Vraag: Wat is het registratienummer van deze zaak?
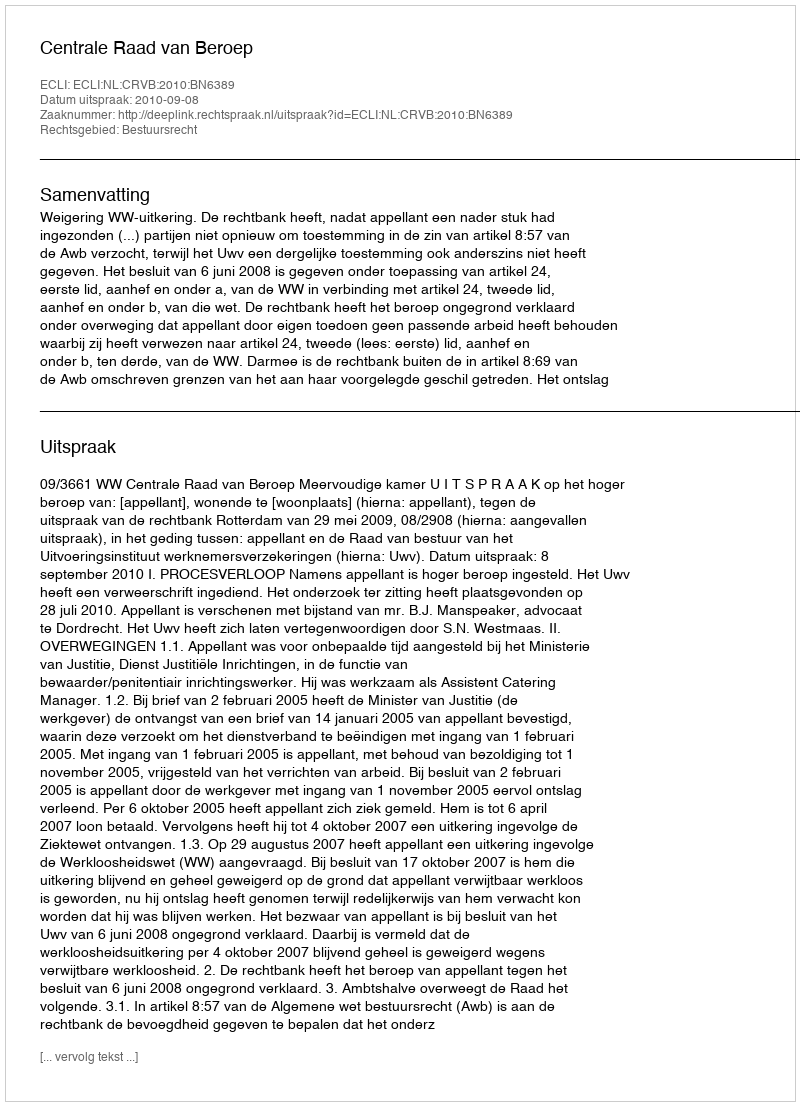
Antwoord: http://deeplink.rechtspraak.nl/uitspraak?id=ECLI:NL:CRVB:2010:BN6389